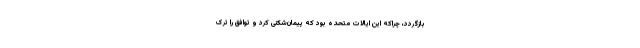
بازگردد، چراکه این ایالات متحده بود که پیمان‌شکنی کرد و توافق را ترک